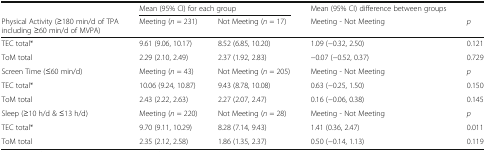
<table><thead><tr><td></td><td colspan="2"><b>Mean (95% CI) for each group</b></td><td><b>Mean (95% CI) difference between groups</b></td><td></td></tr><tr><td><b>Physical Activity (≥180 min/d of TPA including ≥60 min/d of MVPA)</b></td><td><b>Meeting (<i>n</i> = 231)</b></td><td><b>Not Meeting (<i>n</i> = 17)</b></td><td><b>Meeting - Not Meeting</b></td><td><b><i>p</i></b></td></tr></thead><tbody><tr><td>TEC total*</td><td>9.61 (9.06, 10.17)</td><td>8.52 (6.85, 10.20)</td><td>1.09 (−0.32, 2.50)</td><td>0.121</td></tr><tr><td>ToM total</td><td>2.29 (2.10, 2.49)</td><td>2.37 (1.92, 2.83)</td><td>−0.07 (−0.52, 0.37)</td><td>0.729</td></tr><tr><td>Screen Time (≤60 min/d)</td><td>Meeting (<i>n</i> = 43)</td><td>Not Meeting (<i>n</i> = 205)</td><td>Meeting - Not Meeting</td><td><i>p</i></td></tr><tr><td>TEC total*</td><td>10.06 (9.24, 10.87)</td><td>9.43 (8.78, 10.08)</td><td>0.63 (−0.25, 1.50)</td><td>0.150</td></tr><tr><td>ToM total</td><td>2.43 (2.22, 2.63)</td><td>2.27 (2.07, 2.47)</td><td>0.16 (−0.06, 0.38)</td><td>0.145</td></tr><tr><td>Sleep (≥10 h/d &amp; ≤13 h/d)</td><td>Meeting (<i>n</i> = 220)</td><td>Not Meeting (<i>n</i> = 28)</td><td>Meeting - Not Meeting</td><td><i>p</i></td></tr><tr><td>TEC total*</td><td>9.70 (9.11, 10.29)</td><td>8.28 (7.14, 9.43)</td><td>1.41 (0.36, 2.47)</td><td>0.011</td></tr><tr><td>ToM total</td><td>2.35 (2.12, 2.58)</td><td>1.86 (1.35, 2.37)</td><td>0.50 (−0.14, 1.13)</td><td>0.119</td></tr></tbody></table>